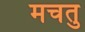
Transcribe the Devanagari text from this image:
मचतु